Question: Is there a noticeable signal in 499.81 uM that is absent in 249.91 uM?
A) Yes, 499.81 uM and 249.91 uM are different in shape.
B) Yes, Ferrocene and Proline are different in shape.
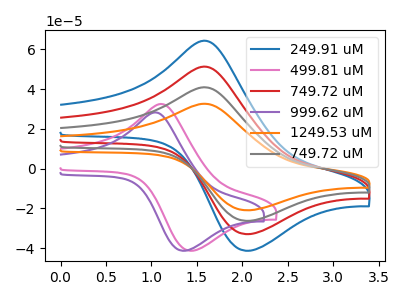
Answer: <think>The blue curve "249.91 uM" has an anodic peak at (1.65V, 64.10uA) and a cathodic peak at (2.05V, -41.40uA). The pink curve "499.81 uM" has an anodic peak at (1.15V, 32.30uA) and a cathodic peak at (1.45V, -41.40uA). The red curve "749.72 uM" has an anodic peak at (1.65V, 51.10uA) and a cathodic peak at (2.05V, -33.00uA). The purple curve "999.62 uM" has an anodic peak at (1.05V, 28.10uA) and a cathodic peak at (1.35V, -41.40uA). The orange curve "1249.53 uM" has an anodic peak at (1.65V, 153.35uA) and a cathodic peak at (2.05V, -99.00uA). The gray curve "749.72 uM" has an anodic peak at (1.65V, 102.20uA) and a cathodic peak at (2.05V, -66.00uA).
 "499.81 uM" and "249.91 uM" have at least one peak that do not match.</think>
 <answer>A) Yes, "499.81 uM" and "249.91 uM" are different in shape.</answer>
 <eval>A</eval>